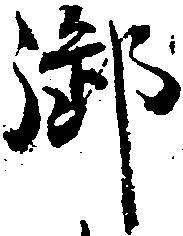
御